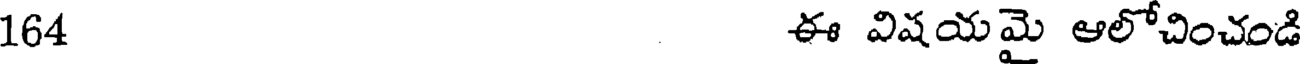
164 ఈ విషయమై ఆలోచించండి